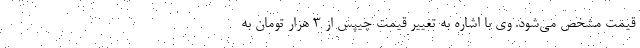
قيمت مشخص مي‌شود. وي با اشاره به تغيير قيمت چيپس از ٣ هزار تومان به